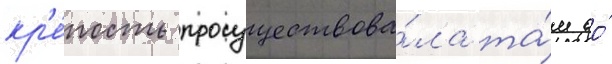
кр'е́пость просуществова́ла та́м до́